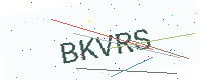
Text: BKVRS